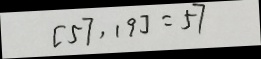
[ 5 7 , 1 9 ] = 5 7